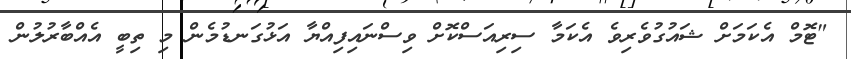
"ޓޮމް އެކަމަށް ޝައުގުވެރިވެ އެކަމާ ސިރިއަސްކޮށް ވިސްނައިފިއްޔާ އަޅުގަނޑުމެން މި ތިބީ އެއްބާރުލުން